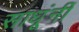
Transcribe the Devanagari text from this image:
साधूंनीं